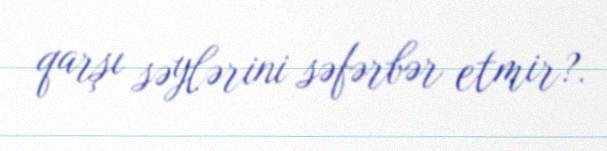
qarşı səylərini səfərbər etmir?.